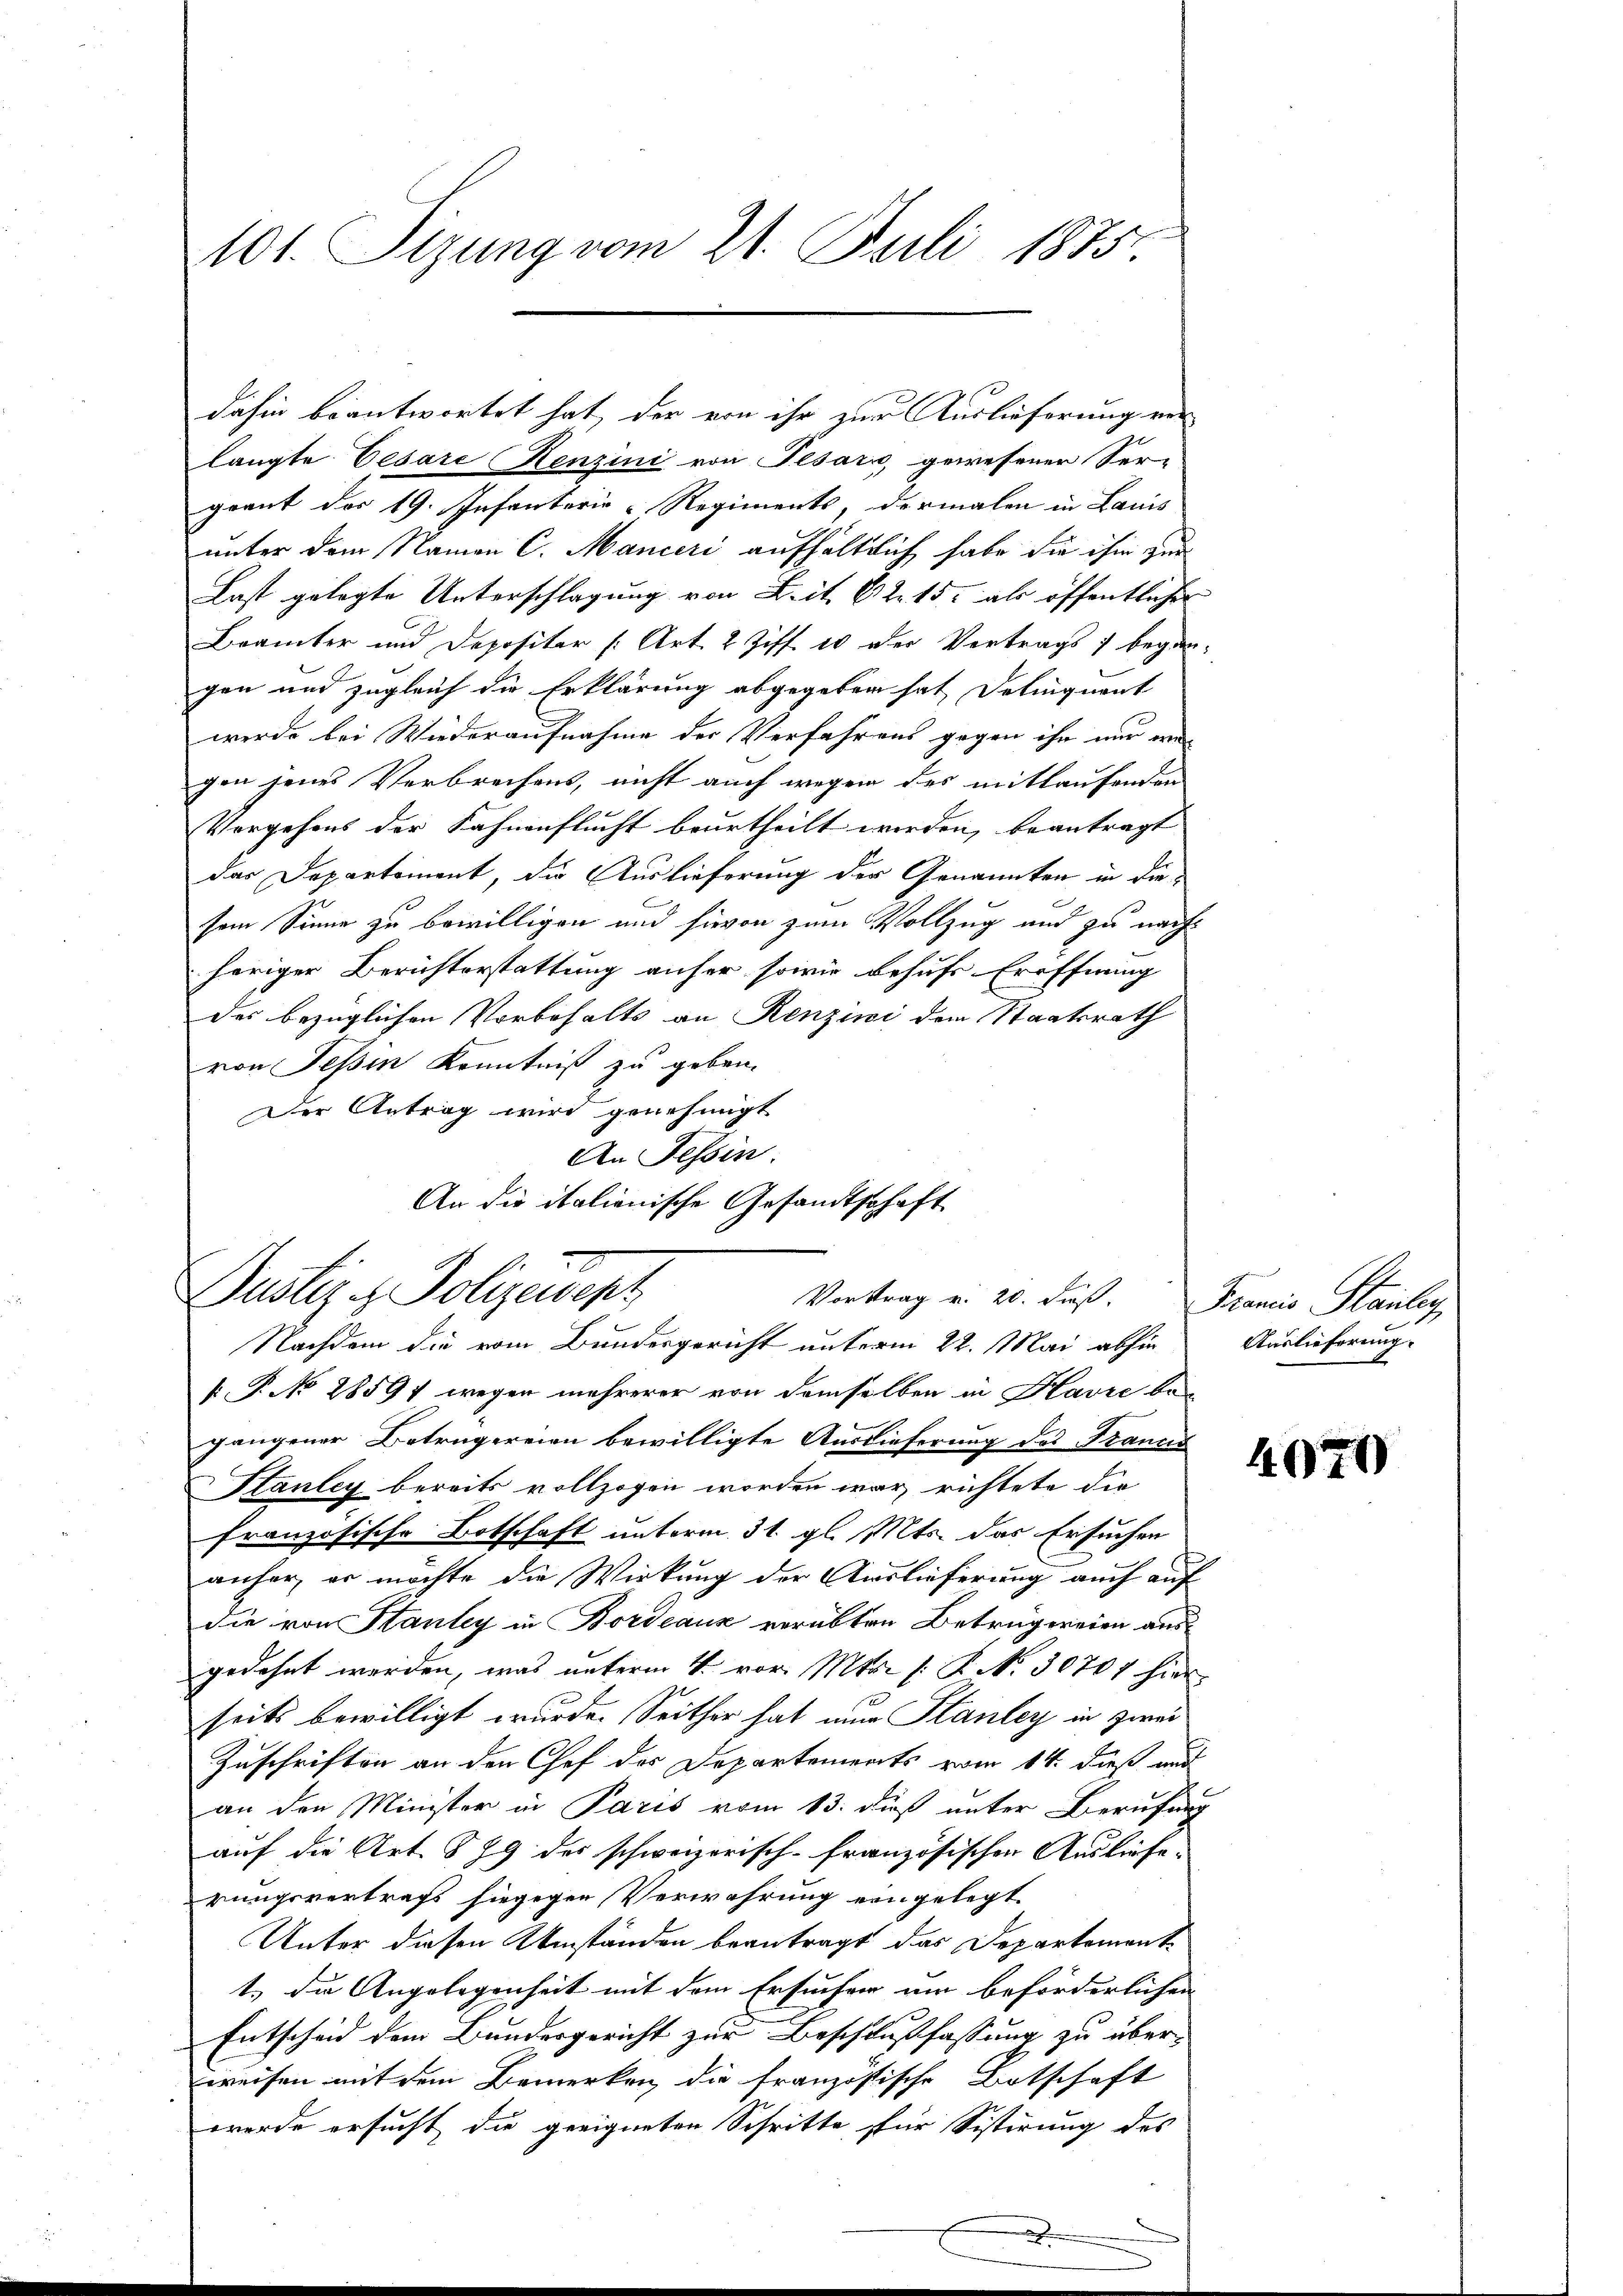
101. Sizung vom 21. Juli 1875.

dahin beantwortet hat, der von ihr zur Auslieferung von
langte Cesare Henzini von Pesars, gewesener Ser-
grant des 19. Infanterie-Regiments, dermalen in Lauis
unter dem Namen C. Manieri aufhältlich habe die ihm zur
Last gelegte Unterschlagung von Zeit. 62. 15. als öffentlicher
Brämter und Depositer [Art. 2 Ziff. 10 der Vertrags) began-
gen und zugleich die Erklärung abgegeben hat, Delinquant
werde bei Wiederaufnahme der Verfahrens gegen ihn nur an
gen jenes Verbrechens, nicht auch wegen des mittaufenden
Vorgehens der Fahnenflucht beurtheilt werden, beantragt
das Departement, die Auslieferung der Genannten in diesem Sinne zu bewilligen und hievon zum Vollzug und zu nachhöriger Berichterstattung anher sowie behufs Eröffnung
des bezüglichen Vorbehalts an Renzini dem Staatsrath
von Tessin Kenntniß zu geben.
Der Antrag wird genehmigt
An Tessin
An die italienische Gesandtschaft

[ P. No 28597 wegen mehrerer von demselben in Havre begangener Betrugereien bewilligte Auslieferung des Francs
Htanley bereits vollzogen worden war, richtete die
französische Botschaft unterm 31. gl. Mts. das Ersuchen
anher, er möchte die Wirkung der Auslieferung auch auf
die von Stantey in Bordeaux verübten Betrugereien ausgedehnt werden, was unterm 4. vor. Mts. (: P. No. 30707 hier
seits bewilligt wurde. Seither hat nur Stanley in zwei
Zuschriften an den Chef der Departements vom 14. dieß und
an den Minister in Paris vom 13. dieß unter Berufung
auf die Art. § 79 des schweizerisch-französischen Ausliefe
rungsvertrags hiegegen Verwahrung eingelegt.
Unter diesen Umständen beantragt das Departement
1.) Die Angelegenheit mit dem Ersucher um beförderlichen
Entscheid dem Bundergericht zur Beschlußfassung zu über-
weisen mit dem Bemerken die französische Botschaft
werde ersucht die geeigneten Schritte für Sistirung des
x

x
Justiz & Polizeisept
Vortrag v. 20. Fuß. Francis Stanleg
Nachdem die vom Bundesgericht unterm 22. Mai abhin

Auslieferung.

4070